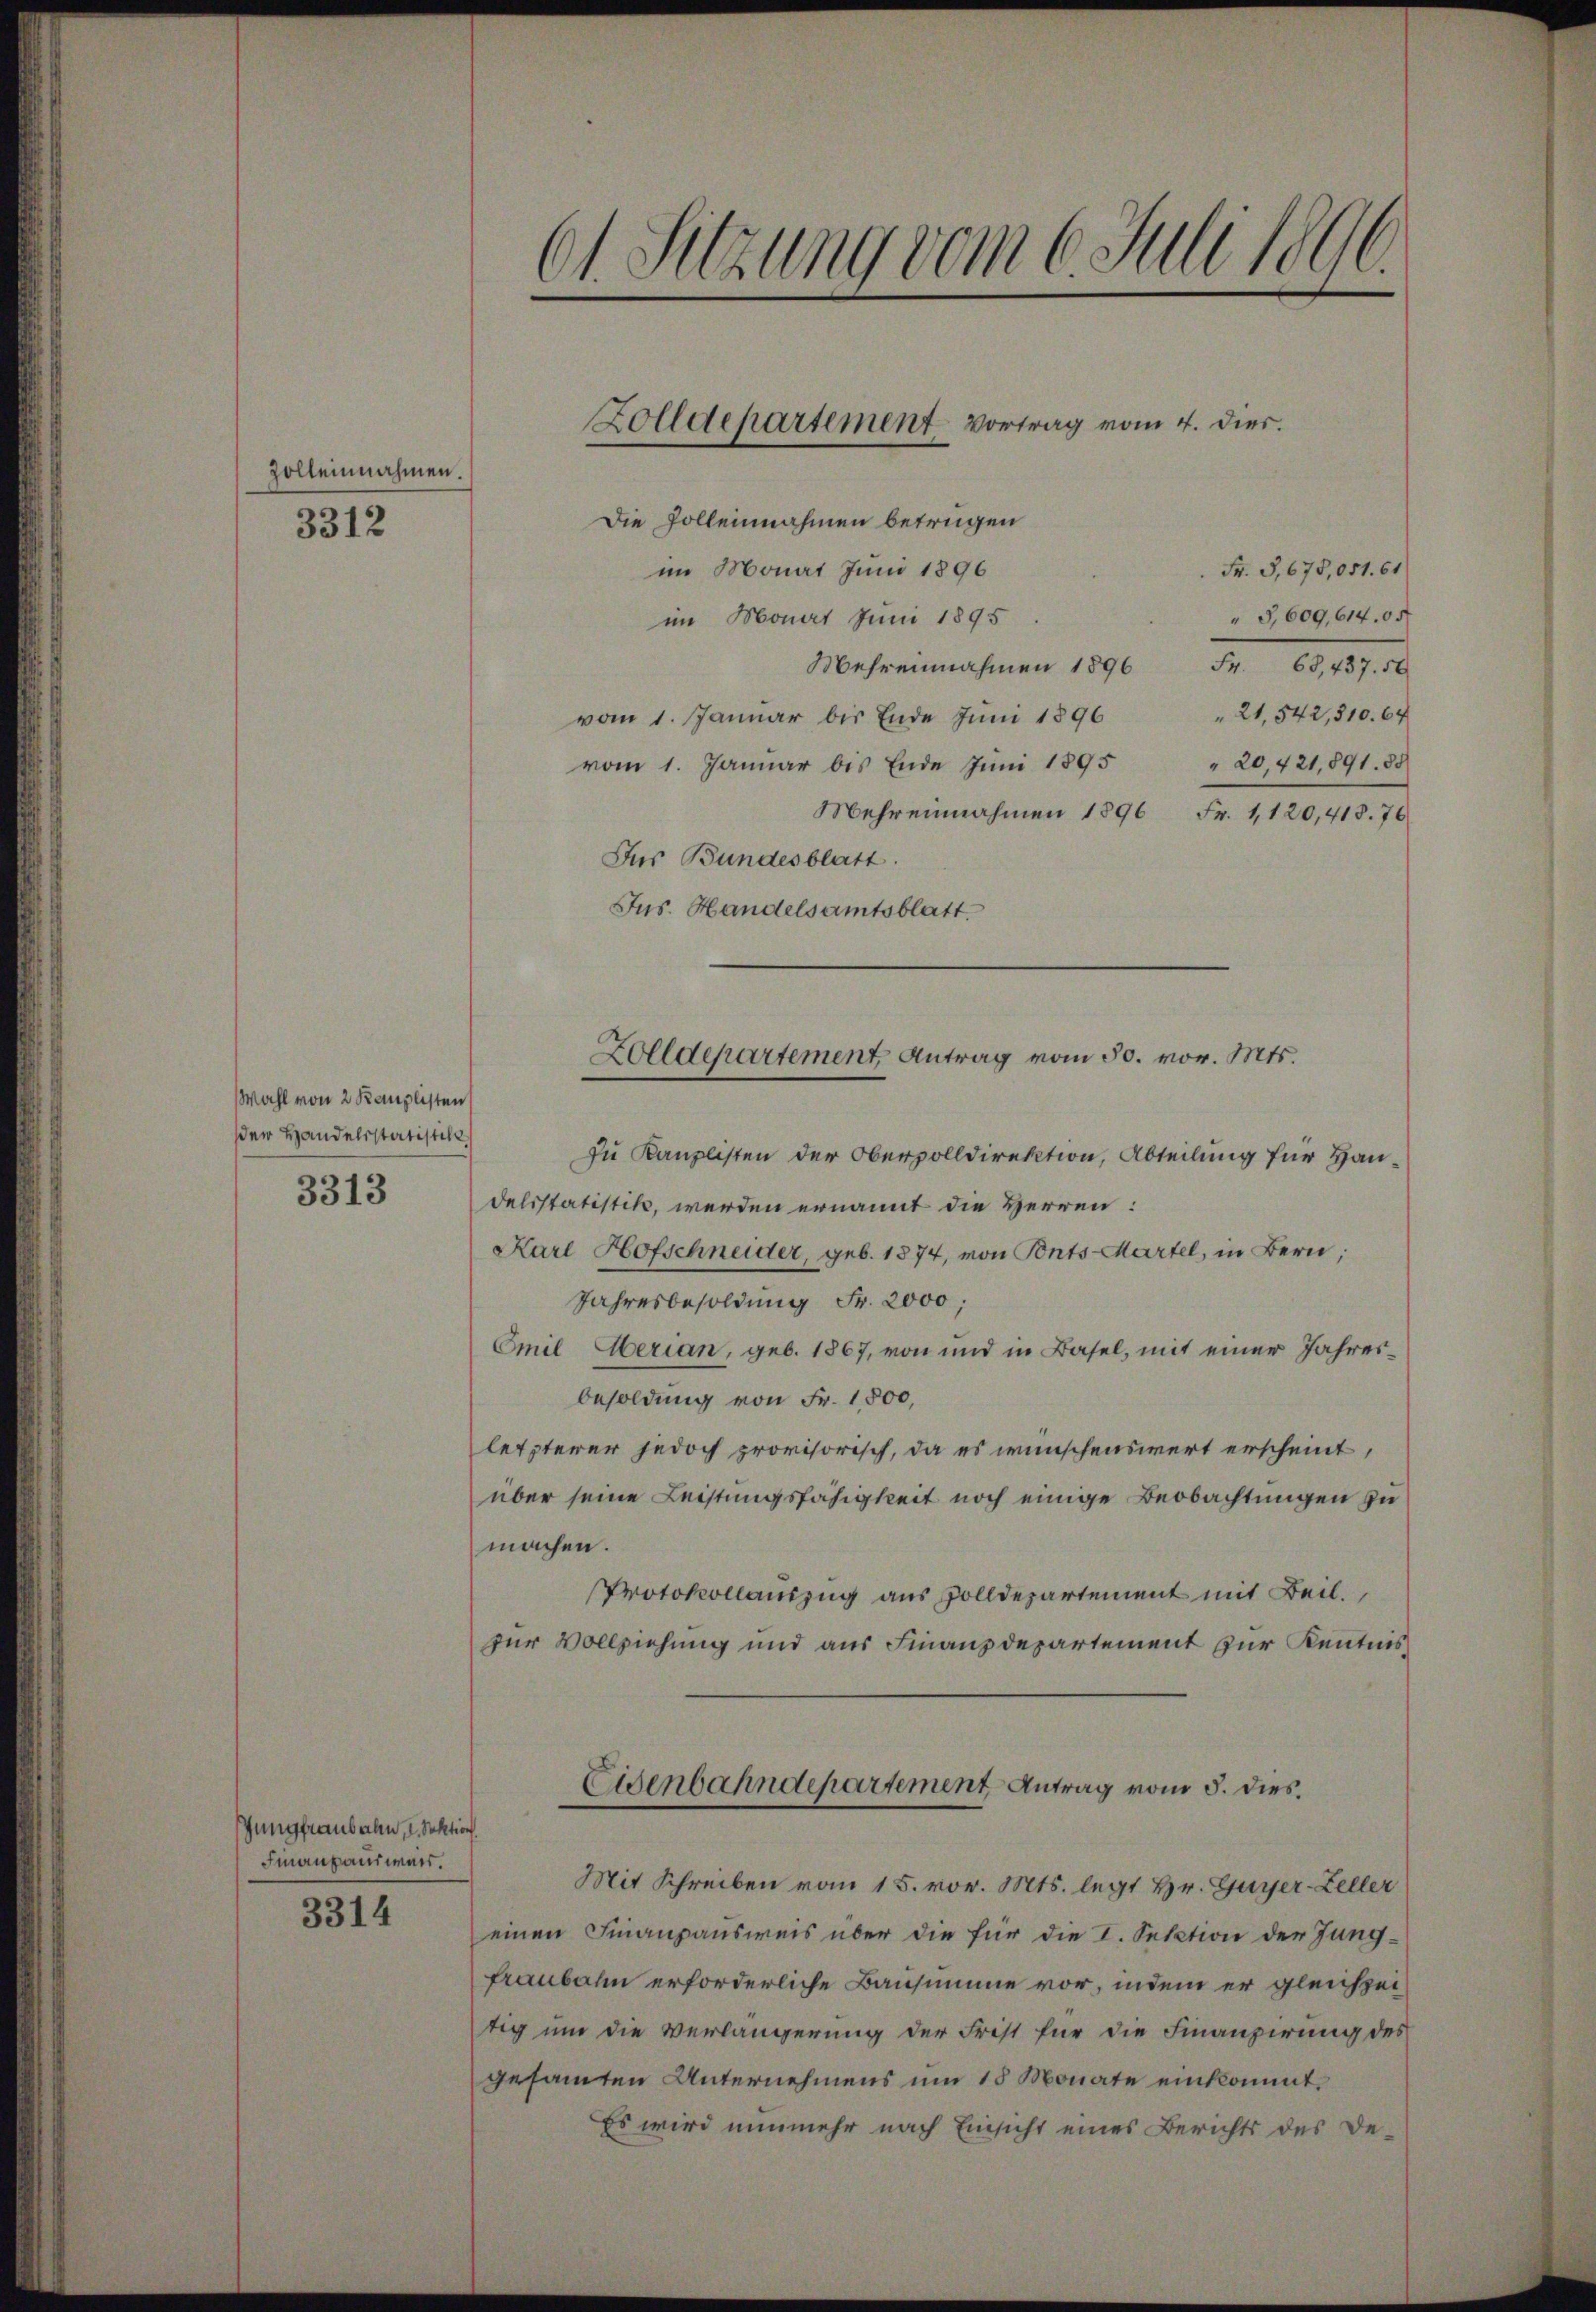
Zolleinahmen.
3312

Wahl von 2 Kanzlisten
der Handelsstatistik

3313

Jungfraubahn, 1. Sektion
Finanzausweis.

3314

61 Sitzung vom 6. Juli 1896

Die Zolleinnahmen betrügen
im Monat Juni 1896
Fr. 3,675,051. 61
" 5,609, 614. 05
im Monat Juni 1895.
Mehrennahmen 1896 Fr. 68,437. 50
" 21,542,810. 64
vom 1. Januar bis Ende Juni 1896
vom 1. Januar bis Ende Jŭni 1895 " 20, 421,891. 85
Mehreinnahmen 1896 Fr. 1,120,418. 76
Für Bundesblatt.
Jus. Handelsamtsblatt.

Zolldepartement Vortrag vom 4. dies.

Zolldepartement Antrag vom 30. vor. Mts.

zu Kanzlisten der Obervolldirektion, Abteilung für Handelsstatistik, werden ernannt die Herren:
Karl Hofschneider, geb. 1874, von Bonts Martel, in Bern,
Jahresbesoldung Fr. 2000;
Emil Serian, geb. 1867, von und in Basel, mit einer Jahresbesoldung von Fr. 1,500,
letzterer jedoch provisorisch, da es wünschenswert erscheint,
über seine Leistungsfähigkeit noch einige Beobachtungen zu
machen.
Protokollauszug aus Zolldepartement mit Beil.
zur Vollziehung und aus Finanzdepartement zur Kenntnis
Eisenbahndepartement Antrag vom 5. dies
Mit Schreiben vom 15. vor. Mts. legt Hr. Guyer-Zeller
einen Finanzausweis über die für die I. Section der Jungfraubahn erforderliche Bausumme vor, indem er gleichzeitig um die Verlängerung der Frist für die Finanzierung des
gesamten Unternehmens um 18 Monate einkommt.
Es wird nunmehr nach Einsicht eines Berichts des De-